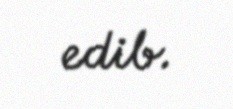
edib.